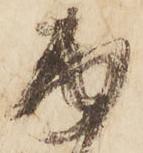
面